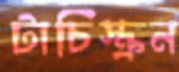
টাচিস্ক্রন